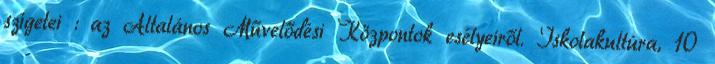
szigetei : az Általános Művelődési Központok esélyeiről. Iskolakultúra, 10